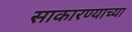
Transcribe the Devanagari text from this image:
साकारण्याच्या